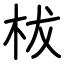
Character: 柭